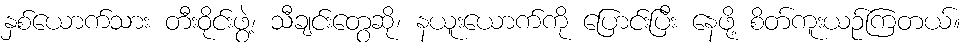
နှစ်ယောက်သား တီးဝိုင်းဖွဲ့၊ သီချင်းတွေဆို၊ နယူးယောက်ကို ပြောင်းပြီး နေဖို့ စိတ်ကူးယဉ်ကြတယ်။